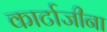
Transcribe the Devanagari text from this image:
कार्टाजीना